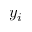
y _ { i }